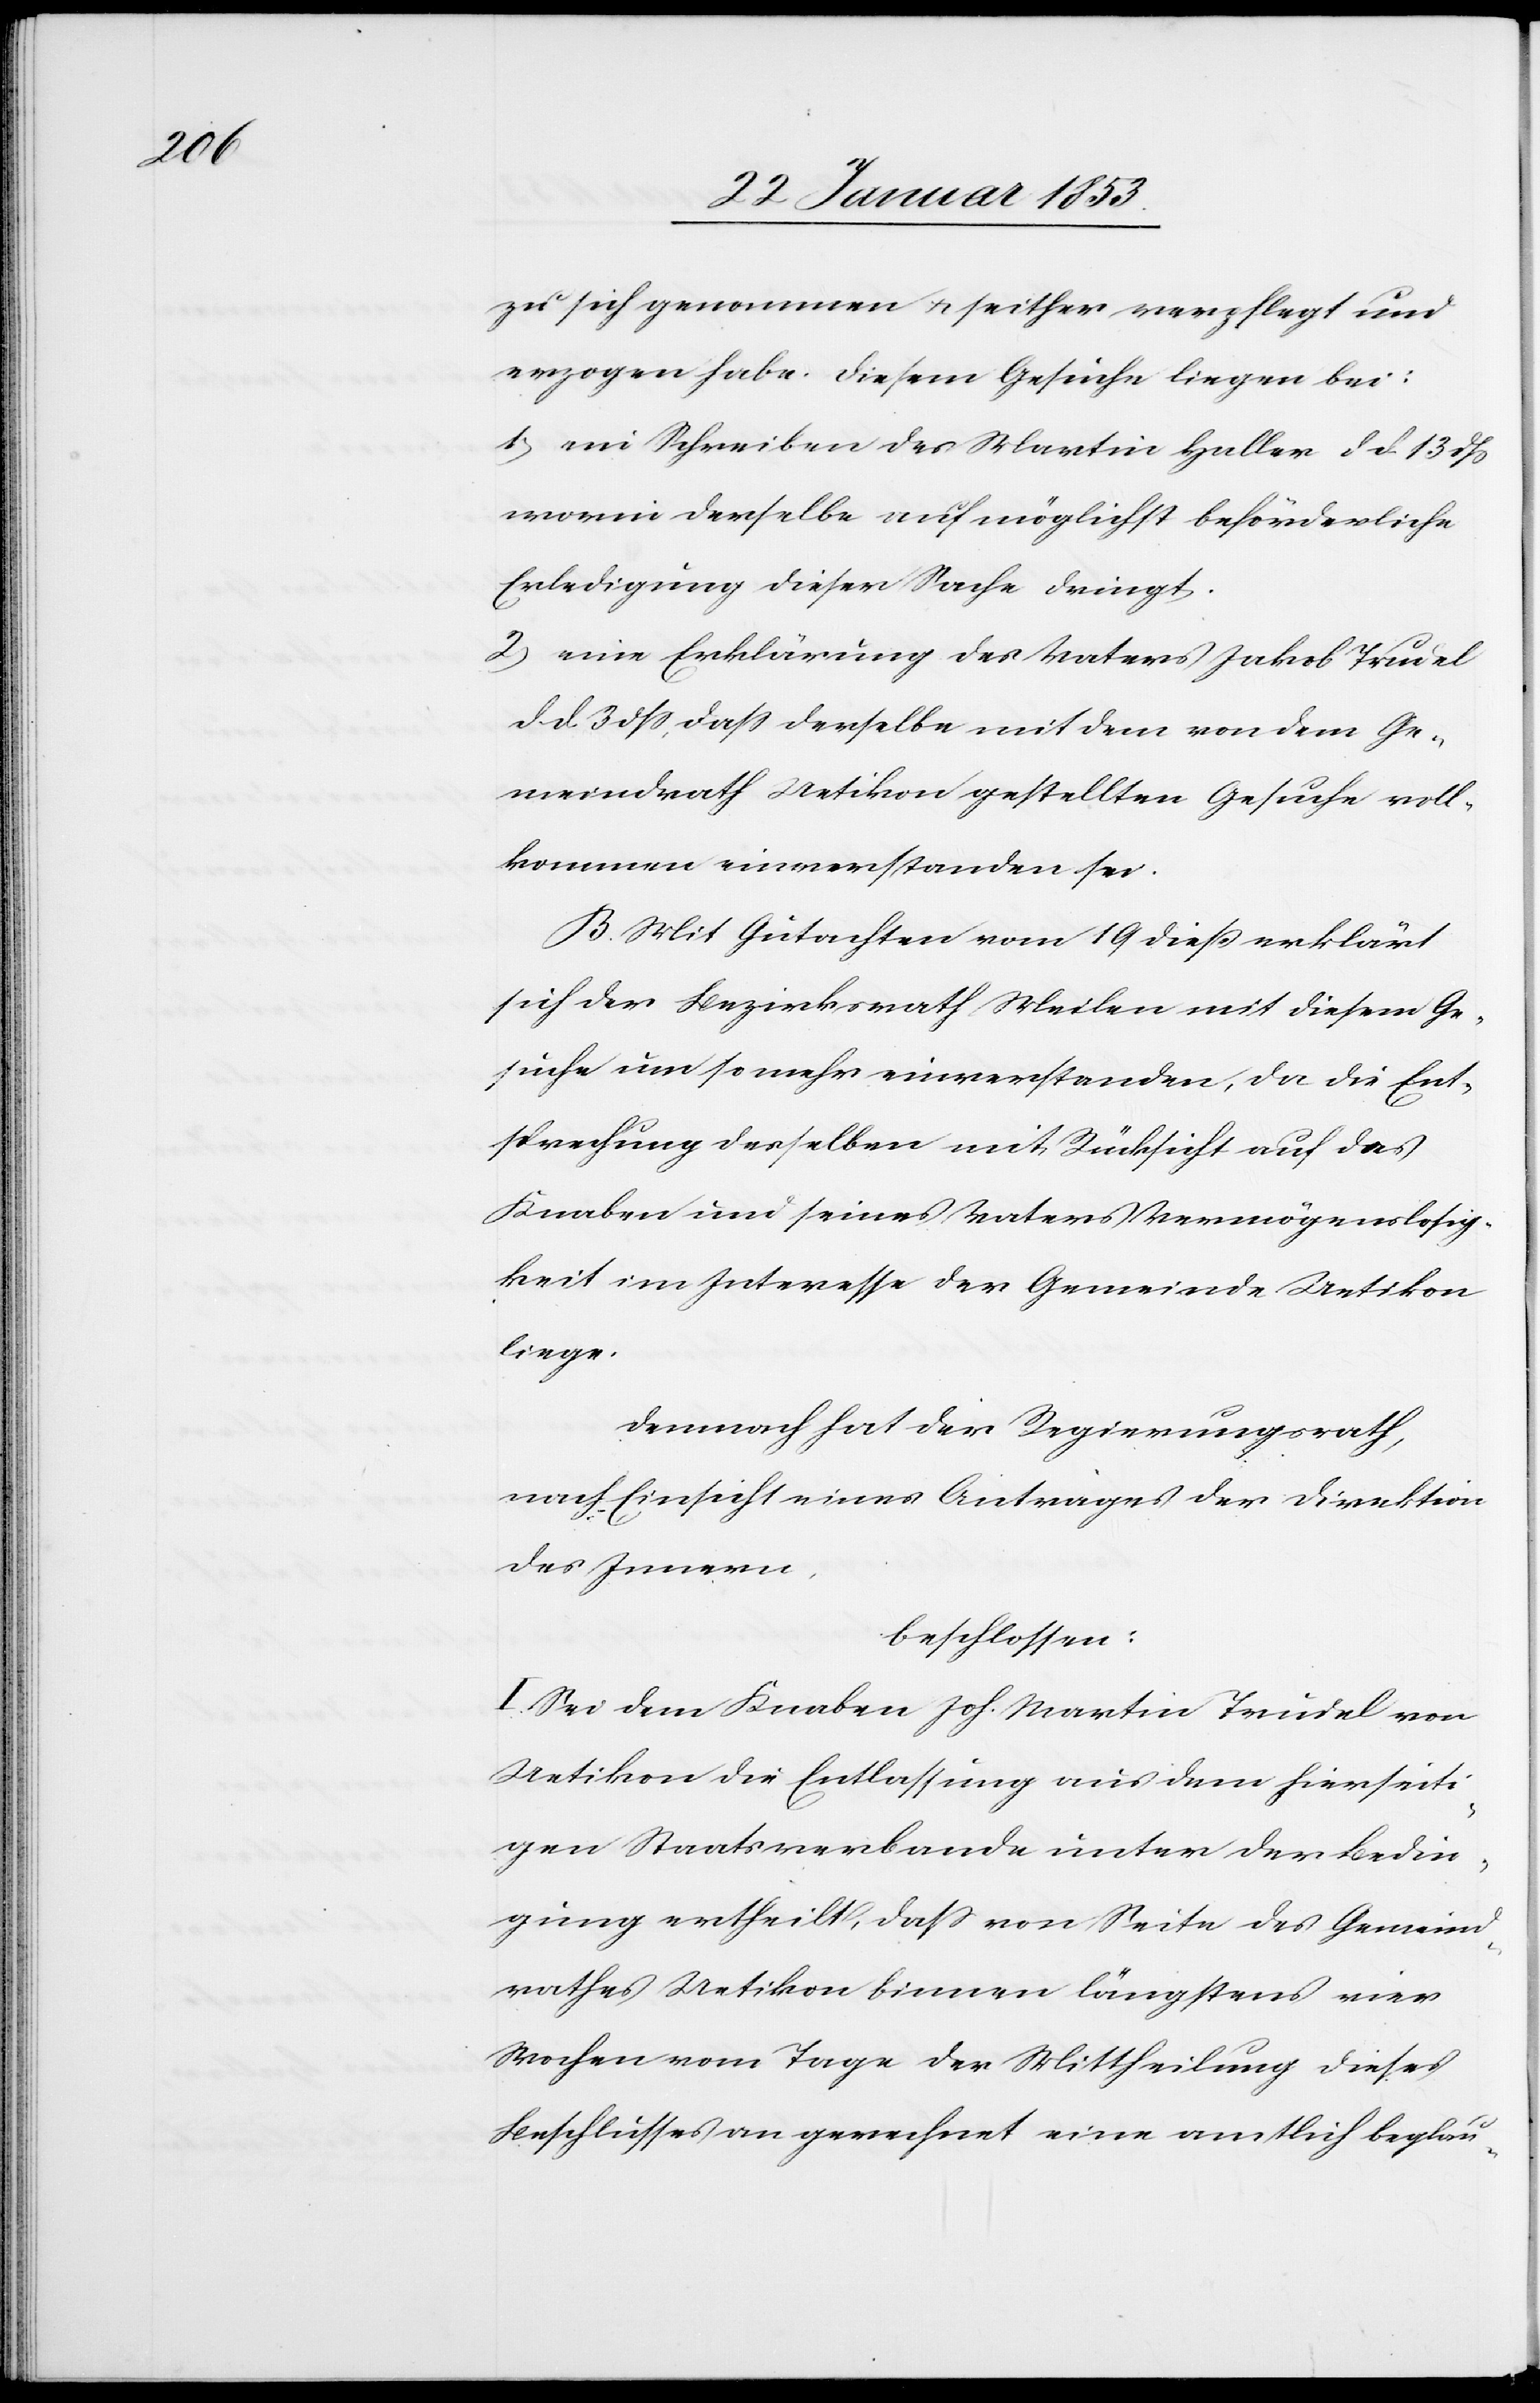
zu sich genommen, u. seither verpflegt und
erzogen habe. Diesem Gesuche liegen bei:
1, ein Schreiben des Martin Haller d. d. 13 dß
worin derselbe auf möglichst beförderliche
Erledigung dieser Sache dringt.
2, eine Erklärung des Vaters Jakob Trudel
d. d. 3 dß, daß derselbe mit den von dem Ge¬
meindrath Uetikon gestellten Gesuche voll¬
kommen einverstanden sei.
B. Mit Gutachten vom 19 dieß erklärt
sich der Bezirksrath Meilen mit diesem Ge¬
suche um so mehr einverstanden, da die Ent¬
sprechung desselben mit Rücksicht auf den
Knaben und seines Vaters Vermögenslosig¬
keit im Interesse der Gemeinde Uetikon
liege.
demnach hat der Regierungsrath,
nach Einsicht eines Antrages der Direktion
des Innern
beschlossen:
I. Sei dem Knaben Joh. Martin Trudel von
Uetikon die Entlassung aus dem hierseiti¬
gen Staatsverbande unter der Bedin¬
gung ertheilt, daß von Seite des Gemeind¬
rathes Uetikon binnen längstens vier
Wochen vom Tage der Mittheilung dieses
Beschlusses an gerechnet eine amtlich beglau-